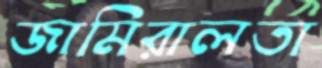
জামিরালতা